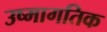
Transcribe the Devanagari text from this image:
उष्मागतिक